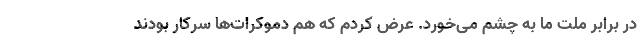
در برابر ملت ما به چشم می‌خورد. عرض کردم که هم دموکرات‌ها سرکار بودند